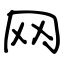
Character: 网